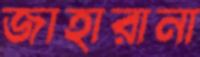
জাহারানা